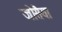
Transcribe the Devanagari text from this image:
जोसैया